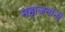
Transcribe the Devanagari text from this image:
महाजनांनी